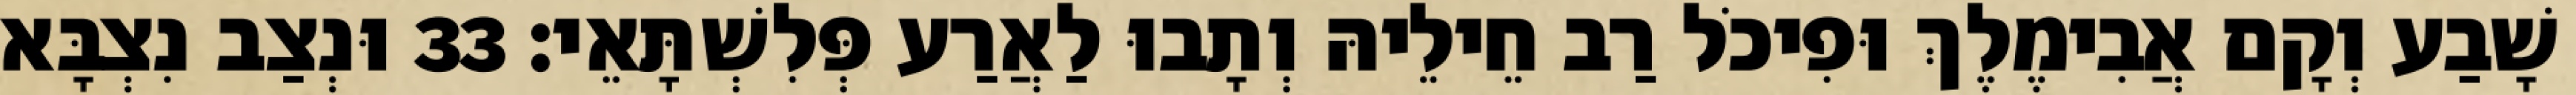
שָׁבַע וְקָם אֲבִימֶלֶךְ וּפִיכֹל רַב חֵילֵיהּ וְתָבוּ לַאֲרַע פְּלִשְׁתָּאֵי׃ 33 וּנְצַב נִצְבָּא